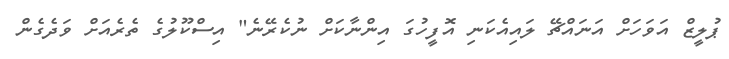
ޕުލީޒް އަވަހަށް އަނައްޗޭ ލައިއެކަނި އޮފީހުގަ އިންނާކަށް ނުކެރޭނެ" އިސްކޫލުގެ ތެރެއަށް ވަދެގެން